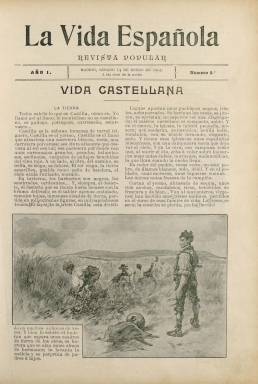
Título: La Vida española (Madrid. 1905)
Colección: Revistas de información general
Ámbito geográfico: Madrid
Lugar de publicación: Madrid
Fechas: 07/01/1905-26/11/1905

Con el subtítulo “revista popular”, comienza a publicarse el siete de enero de 1905, como un magazín en que se aúnan principalmente reportajes y crónicas acompañadas de fotografías con textos de creación literaria, estos ilustrados con dibujos, siendo una publicación de transición entre la ilustración decimonónica y un naciente reporterismo gráfico. Aparecerá cada domingo, en entregas de dieciséis páginas (a veces, 12 o 14), sin foliar y compuestas a dos columnas, siendo su propietario y director Ginés Carrión Eugelmo (que fallecerá en 1924), también fundador y editor del “semanario taurino ilustrado” madrileño Sol y sombra (1897), que aparecía los jueves, y que a partir del 13 de junio de ese mismo año también comenzará a publicar los martes el semanario festivo y humorístico Cake-Walk, así mismo de dieciséis páginas, ocho de ellas de caricaturas en colores.

Los contenidos de La Vida española serán el arte, la literatura, actualidades, modas, teatro o música, y sus entregas llevan una cubierta ilustrada, a veces, estampada en color. Tendrá algunas secciones habituales, como una Crónica, que firmará Antonio Zozaya; De corral en corral (charlas del sábado), por José Nogales; Tela cortada, bajo el seudónimo El Sastre de Campillo; Crónica femenina, que firma Colombine y después Salomé Núñez Topete; Siluetas teatrales, por Adolfo Sánchez Carrére; Novelistas españoles, bajo la firma de Alfonso Hernández Catá; El Madrid que desaparece o una sección de Figurines. Algunos números estarán dedicados casi completamente a acontecimientos de actualidad.

Entre sus reportajes, siempre acompañados de fotograbados, estarán los dedicados a pintores, como el del pintor Francisco Padilla en su estudio, que firma Pascual Millán y está ilustrado también con la reproducción de algunas de sus obras; el titulado La Universidad del obrero, firmado por Manuel Carretero; los dedicados (números 11 y 12, de 19 y 25 de marzo, respectivamente) a José Echegaray con motivo de ser el primer español galardonado con el Premio Nobel de Literatura, acompañados de 24 fotografías con los retratos de otras tantas escritoras españolas adheridas al homenaje o de actrices o actores intérpretes de sus obras teatrales, y de los actos que se llevaron a cabo en la Biblioteca Nacional de España; el dedicado (número 18, de 6 de mayo) al centenario del Quijote; al del funeral del político Francisco Silvela (número 22, de 3 de junio); al del traslado de los restos mortales de Jaime III a Palma de Mallorca, o al del viaje de Alfonso XIII a Badajoz. También inserta fotografías de actualidad política, así como chistes o humor gráfico y jeroglíficos.

También publicará reportajes sobre la Semana Santa en Sevilla o Murcia; las Fallas de Valencia o la Feria de Sevilla, y retratos de ilustres escritores. Contará para ello con la colaboración de un buen número de fotógrafos, que se dedicarán así a realizar labores de reporterismo gráfico, tanto en Madrid como en otras capitales de provincias. Entre ellos aparecen, seguidos de la indicación inst. (instantáneas), las firmas de J. Aragón, L. Alonso, Moreno, Muñoz Baena, Rafael, Merletti, Olmedo, Baglietto, Derrey o Moya, entre otros muchos. A ellos se suman los dibujantes Santana Bonilla, Karikato, M. Ángel o A. Sánchez, como autores de sus dibujos.

Entre los autores de sus textos, principalmente de creación literaria, tanto en prosa como en verso, pero también periodísticos, se encuentran Ramón María del Valle Inclán, Salvador Rueda, Narciso Díaz Escovar, Manuel Ramos Carrión, Felipe Pérez y González, Luis de Oteiza, Enrique de Mesa, Teodoro Llorente, Francisco Antón, Emilio Ferrari, Luis Falcato, Pedro Barrantes, Federico Reaño, M. Marzal y Mestre, Antonio Fernández Arreo, Jaime Martí-Miquel, o los que firman bajos los seudónimos El Doctor Thebussem o El Bachiller Ventolera. Con el seudónimo Allegro se firma una sección dedicada a la música bajo el epígrafe Entre corcheas. También contará con un corresponsal en París, Ginés de Arlés García.

La última entrega de este título en la Biblioteca Nacional de España es la numero 31, del 26 de noviembre de ese mismo año 1905. A pesar de su buena factura periodística, su vida no alcanzó el año.